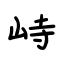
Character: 峙